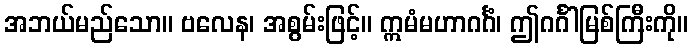
အဘယ်မည်သော။ ဗလေန၊ အစွမ်းဖြင့်။ ဣမံမဟာဂင်္ဂံ၊ ဤဂင်္ဂါမြစ်ကြီးကို။